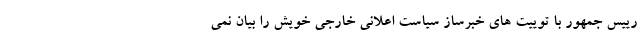
رییس جمهور با توییت های خبرساز سیاست اعلانی خارجی خویش را بیان نمی